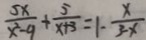
\frac { 5 x } { x ^ { 2 } - 9 } + \frac { 5 } { x + 3 } = 1 - \frac { x } { 3 - x }